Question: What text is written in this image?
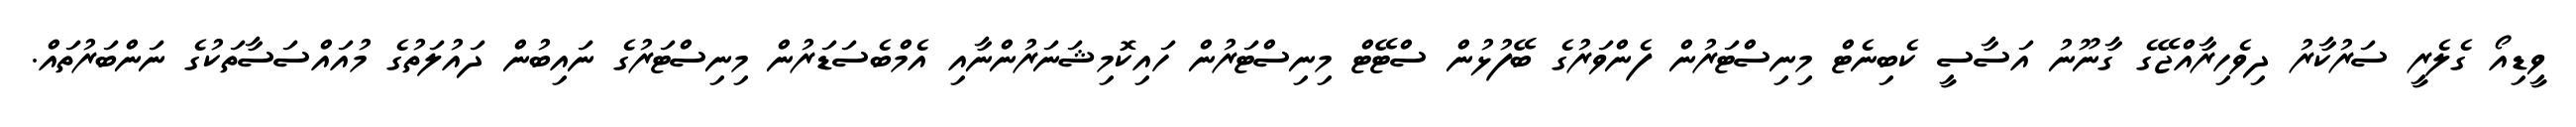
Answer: ވީޑިއޯ ގެލެރީ ސަރުކާރު ދިވެހިރާއްޖޭގެ ގާނޫނު އަސާސީ ކެބިނެޓް މިނިސްޓަރުން ފެންވަރުގެ ބޭފުޅުން ސްޓޭޓް މިނިސްޓަރުން ހައިކޮމިޝަނަރުންނާއި އެމްބެސަޑަރުން މިނިސްޓަރުގެ ނައިބުން ދައުލަތުގެ މުއައްސަސާތަކުގެ ނަންބަރުތައް.